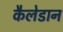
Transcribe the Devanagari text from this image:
कैलेडान